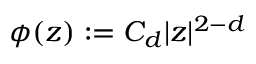
\phi ( z ) : = C _ { d } | z | ^ { 2 - d }